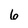
Character: 6